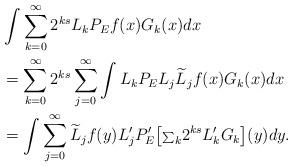
LaTeX: \begin{align*}&\int \sum_{k=0}^\infty 2^{ks} L_k P_Ef (x)G_k(x) dx\, \\&=\sum_{k=0}^\infty 2^{ks} \sum_{j=0}^\infty\int L_k P_E L_j \widetilde L_jf (x) G_k(x) dx\\&=\int \sum_{j=0}^\infty \widetilde L_j f (y) L_j'P_E'\big[{\scriptstyle\sum}_k 2^{ks}L_k'G_k\big](y) dy.\end{align*}